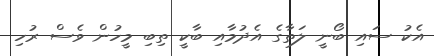
އެކު ސައި ބޯނީ ލަތާގެ އެދުމާއި ބާކީ ތިބި މީހުން ވެސް ރުހި